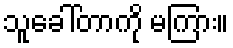
သူခေါ်တာကို မကြား။